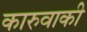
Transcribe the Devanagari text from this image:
कारुवाकी